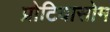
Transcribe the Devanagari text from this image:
प्रोटियासोम